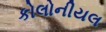
કોલોનીયલ